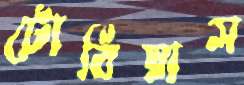
টোবিয়াস